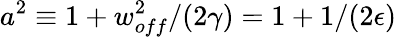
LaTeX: a^{2}\equiv 1+w_{off}^{2}/(2\gamma)=1+1/(2\epsilon)